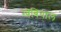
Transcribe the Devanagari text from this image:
ग्वेबियाल